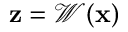
{ \bf z } = \mathcal { W } ( { \bf x } )